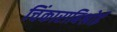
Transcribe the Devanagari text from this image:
चिंकाराबिश्नोई